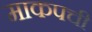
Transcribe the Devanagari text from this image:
माकपची